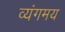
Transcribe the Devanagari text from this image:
व्यंगमय